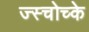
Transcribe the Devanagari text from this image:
ज्स्चोच्के